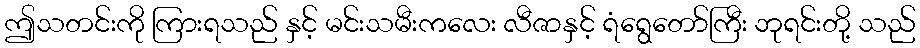
ဤသတင်းကို ကြားရသည် နှင့် မင်းသမီးကလေး လီဇာနှင့် ရံရွေတော်ကြီး ဘုရင်းတို့ သည်